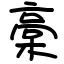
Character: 槀